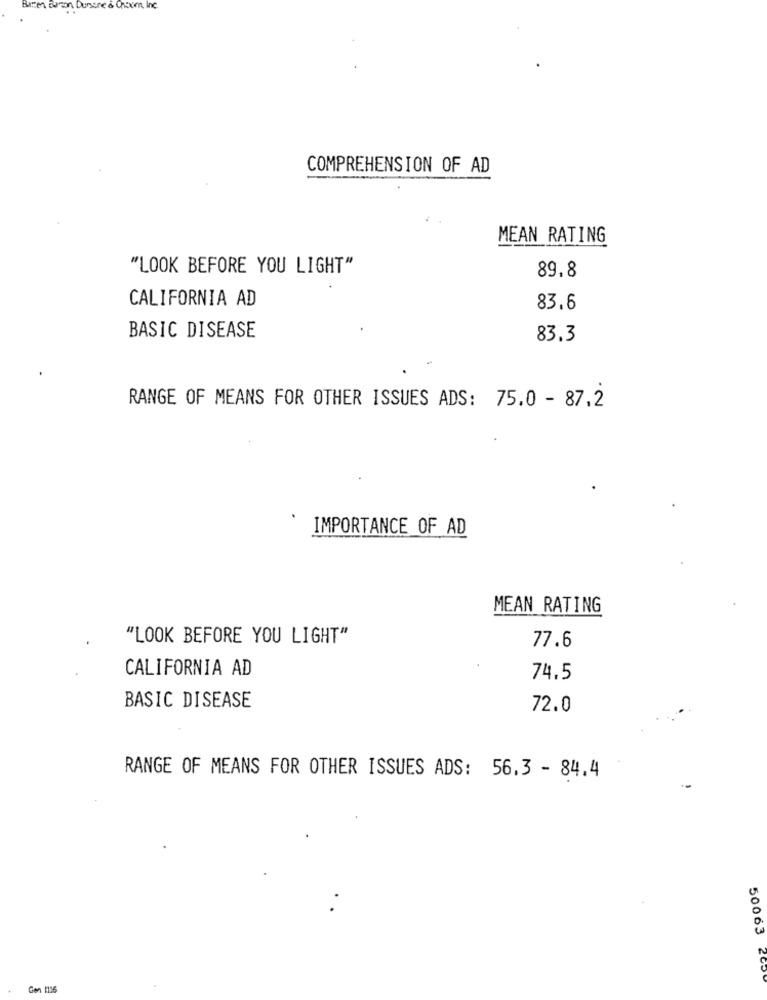
Bitte Bacon Dursene & Chloor, Inc
COMPREHENSION OF AD
MEAN RATING
"LOOK BEFORE YOU LIGHT"
89.8
CALIFORNIA AD
83.6
BASIC DISEASE
83.3
RANGE OF MEANS FOR OTHER ISSUES ADS: 75.0 - 87.2
IMPORTANCE OF AD
MEAN RATING
"LOOK BEFORE YOU LIGHT"
77.6
CALIFORNIA AD
74.5
BASIC DISEASE
72.0
RANGE OF MEANS FOR OTHER ISSUES ADS: 56.3 - 84.4
50063
200
Gen 1116